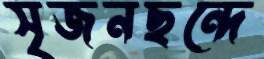
সৃজনছন্দে